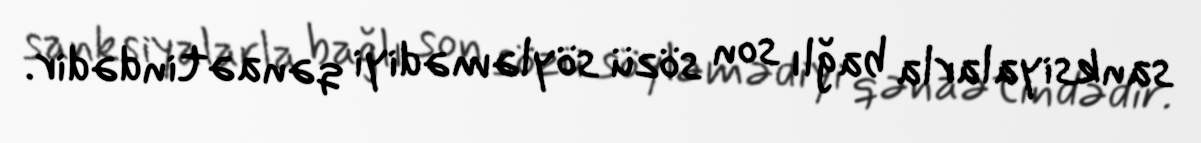
sanksiyalarla bağlı son sözü söyləmədiyi qənaətindədir.